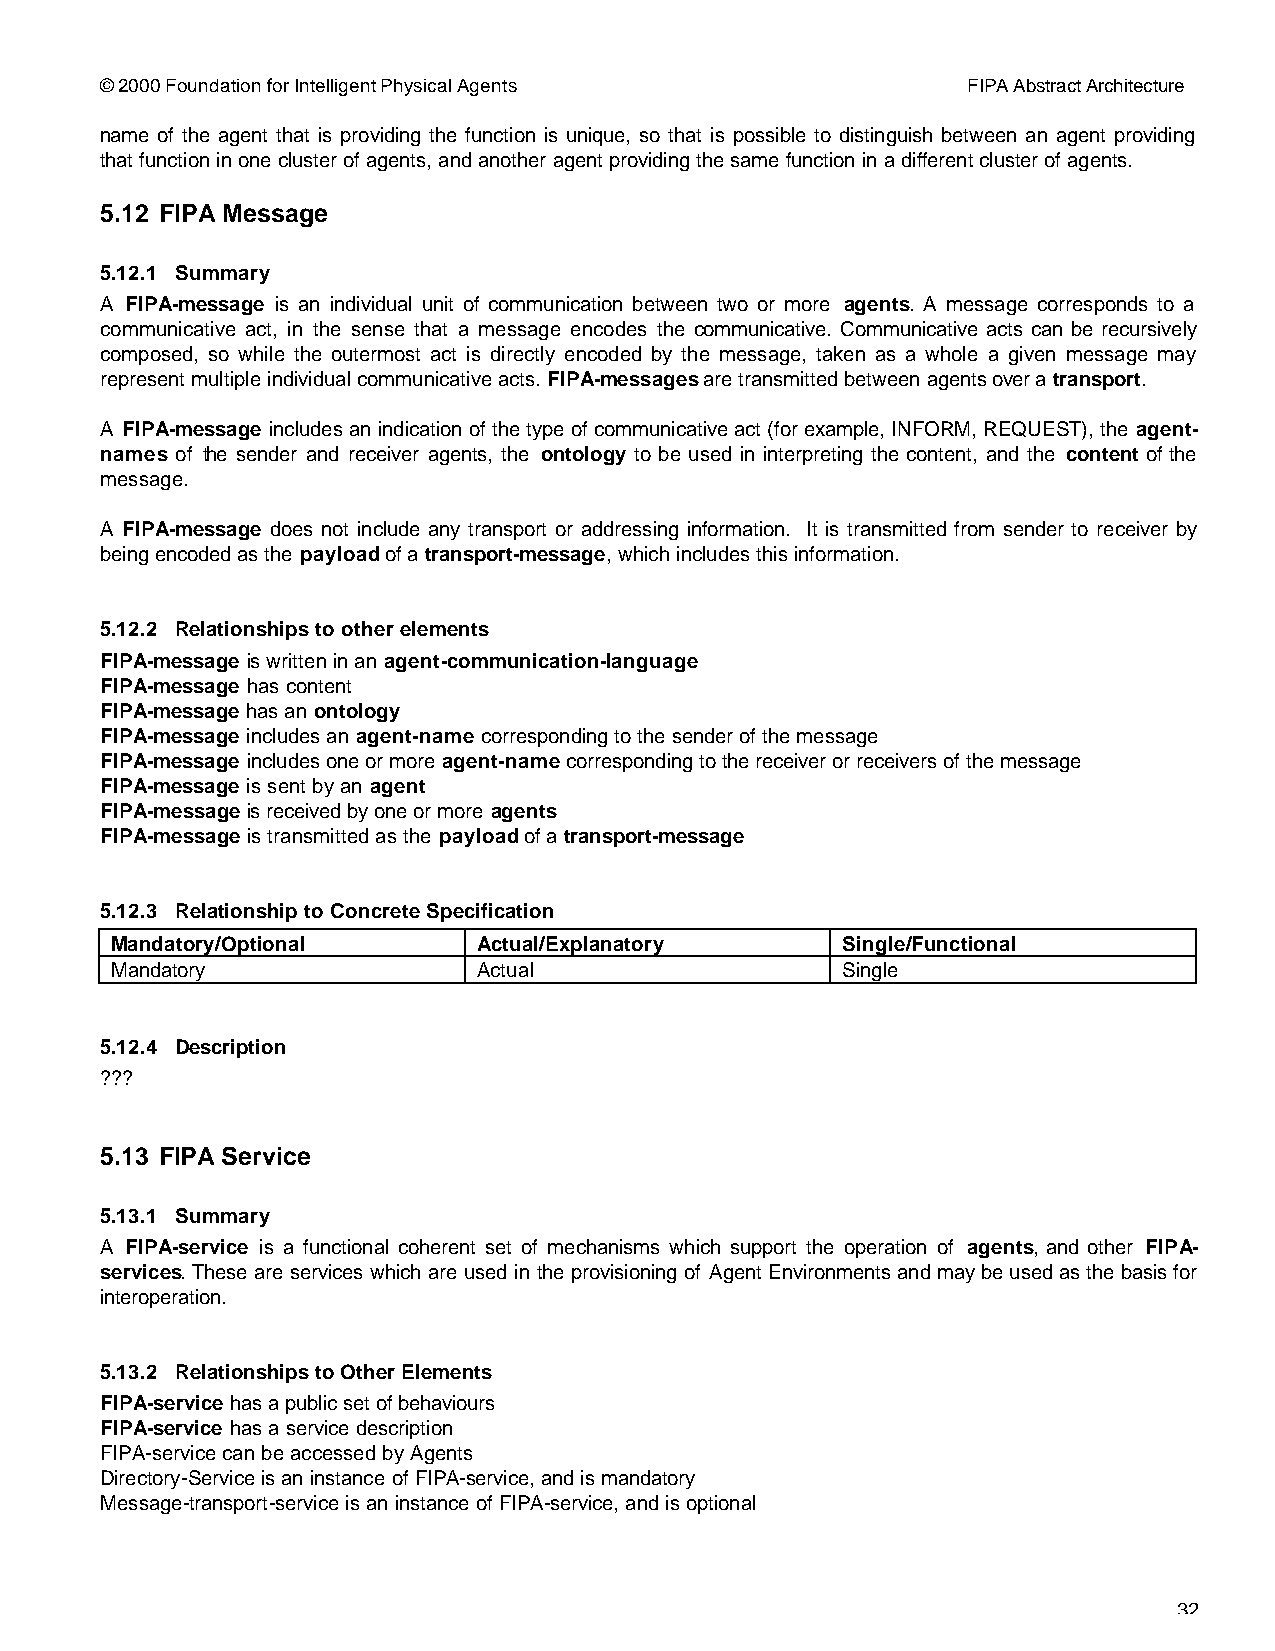
© 2000 Foundation for Intelligent Physical Agents        FIPA Abstract Architecture
 name of the agent that is providing the function is unique, so that is possible to distinguish between an agent providing
 that function in one cluster of agents, and another agent providing the same function in a different cluster of agents.
 5.12 FIPA Message
 5.12.1 Summary
 A FIPA-message is an individual unit of communication between two or more agents. A message corresponds to a
 communicative act, in the sense that a message encodes the communicative. Communicative acts can be recursively
 composed, so while the outermost act is directly encoded by the message, taken as a whole a given message may
 represent multiple individual communicative acts. FIPA-messages are transmitted between agents over a transport.
 A FIPA-message includes an indication of the type of communicative act (for example, INFORM, REQUEST), the agent-
 names of the sender and receiver agents, the ontology to be used in interpreting the content, and the content of the
 message.
 A FIPA-message does not include any transport or addressing information. It is transmitted from sender to receiver by
 being encoded as the payload of a transport-message, which includes this information.
 5.12.2 Relationships to other elements
 FIPA-message is written in an agent-communication-language
 FIPA-message has content
 FIPA-message has an ontology
 FIPA-message includes an agent-name corresponding to the sender of the message
 FIPA-message includes one or more agent-name corresponding to the receiver or receivers of the message
 FIPA-message is sent by an agent
 FIPA-message is received by one or more agents
 FIPA-message is transmitted as the payload of a transport-message
 5.12.3 Relationship to Concrete Specification
 Mandatory/Optional       Actual/Explanatory      Single/Functional
 Mandatory                Actual                  Single
 5.12.4 Description
 ???
 5.13 FIPA Service
 5.13.1 Summary
 A FIPA-service is a functional coherent set of mechanisms which support the operation of agents, and other FIPA-
 services. These are services which are used in the provisioning of Agent Environments and may be used as the basis for
 interoperation.
 5.13.2 Relationships to Other Elements
 FIPA-service has a public set of behaviours
 FIPA-service has a service description
 FIPA-service can be accessed by Agents
 Directory-Service is an instance of FIPA-service, and is mandatory
 Message-transport-service is an instance of FIPA-service, and is optional
 32